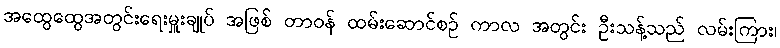
အထွေထွေအတွင်းရေးမှူးချုပ် အဖြစ် တာဝန် ထမ်းဆောင်စဉ် ကာလ အတွင်း ဦးသန့်သည် လမ်းကြား၊